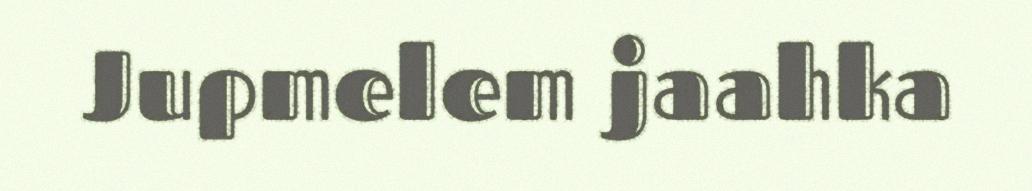
Jupmelem jaahka